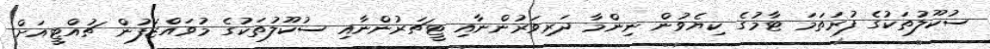
ސުކޫލުތަކުގެ ފުރަތަމަ ޓާމުގެ ކިޔެވުން ނިންމާ ދަރިވަރުންނާއި ޓީޗަރުންނާއި ސުކޫލުތަކުގެ މުވައްޒަފުން ޗުއްޓީއަށް